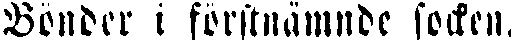
Bönder i förstnämnde socken.